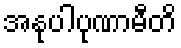
အနုပါပုဏာမီတိ